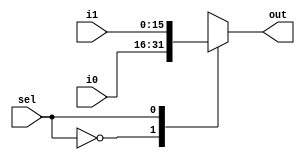
module mux_2to1(i0, i1, sel, out);
    
    parameter WORD = 16;
    input [WORD-1:0]i0, i1;
    input sel;
    output reg [WORD-1:0] out;
    
    always @(*)
        case (sel)
            1'b0: out    <= i0;
            1'b1: out    <= i1;
            default: out <= 16'bzzzz_zzzz_zzzz_zzzz;
        endcase
    
    
endmodule